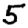
Digit: 5